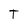
Character: T